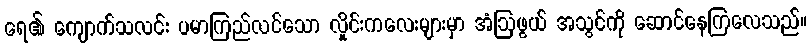
ရေ၏ ကျောက်သလင်း ပမာကြည်လင်သော လှိုင်းကလေးများမှာ အံဩဖွယ် အသွင်ကို ဆောင်နေကြလေသည်။